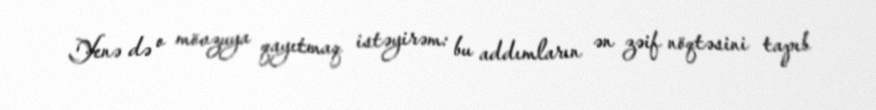
Yenə də o mövzuya qayıtmaq istəyirəm: bu addımların ən zəif nöqtəsini tapıb